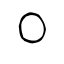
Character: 〇